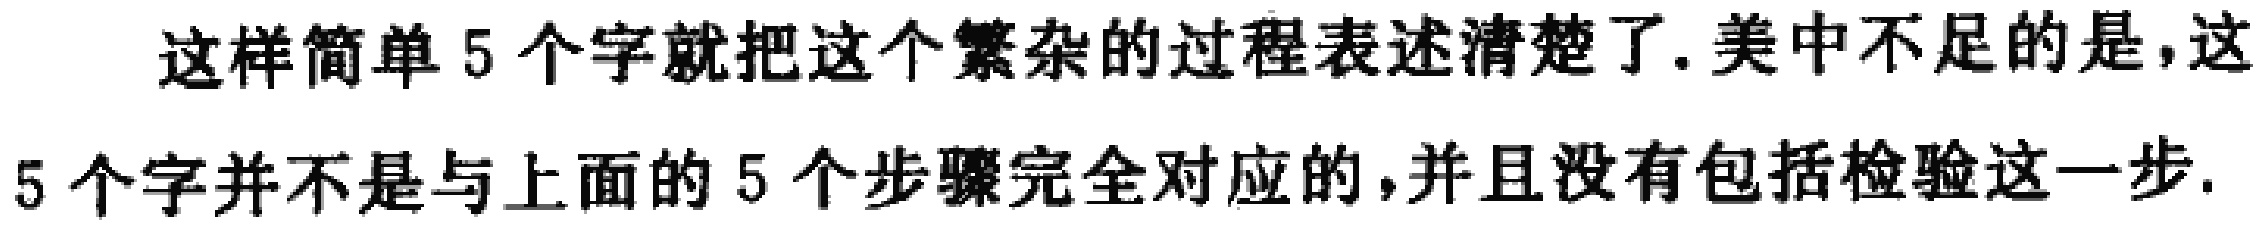
这样简单5个字就把这个繁杂的过程表述清楚了.美中不足的是,这5个字并不是与上面的5个步骤完全对应的,并且没有包括检验这一步.